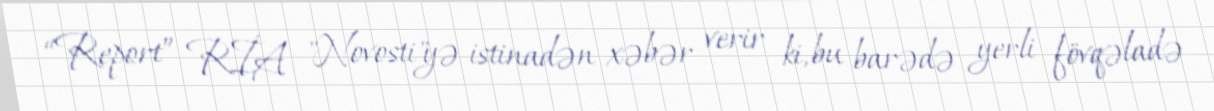
“Report” RİA "Novosti"yə istinadən xəbər verir ki, bu barədə yerli fövqəladə